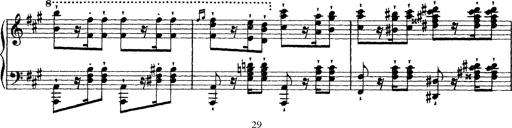
Title: Grande fantasie di bravura sur La clochette
Composer: Franz Liszt
Key: A minor